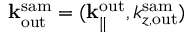
{ \bf k } _ { \mathrm { o u t } } ^ { \mathrm { s a m } } = ( { \bf k } _ { \parallel } ^ { \mathrm { o u t } } , k _ { z , \mathrm { o u t } } ^ { \mathrm { s a m } } )